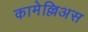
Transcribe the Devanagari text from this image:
कामेल्लिअस